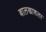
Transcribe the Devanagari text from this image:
बालखाशला